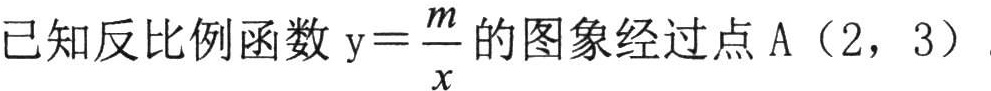
已知反比例函数\(y = \dfrac{m}{x}\)的图象经过点A（2，3）.